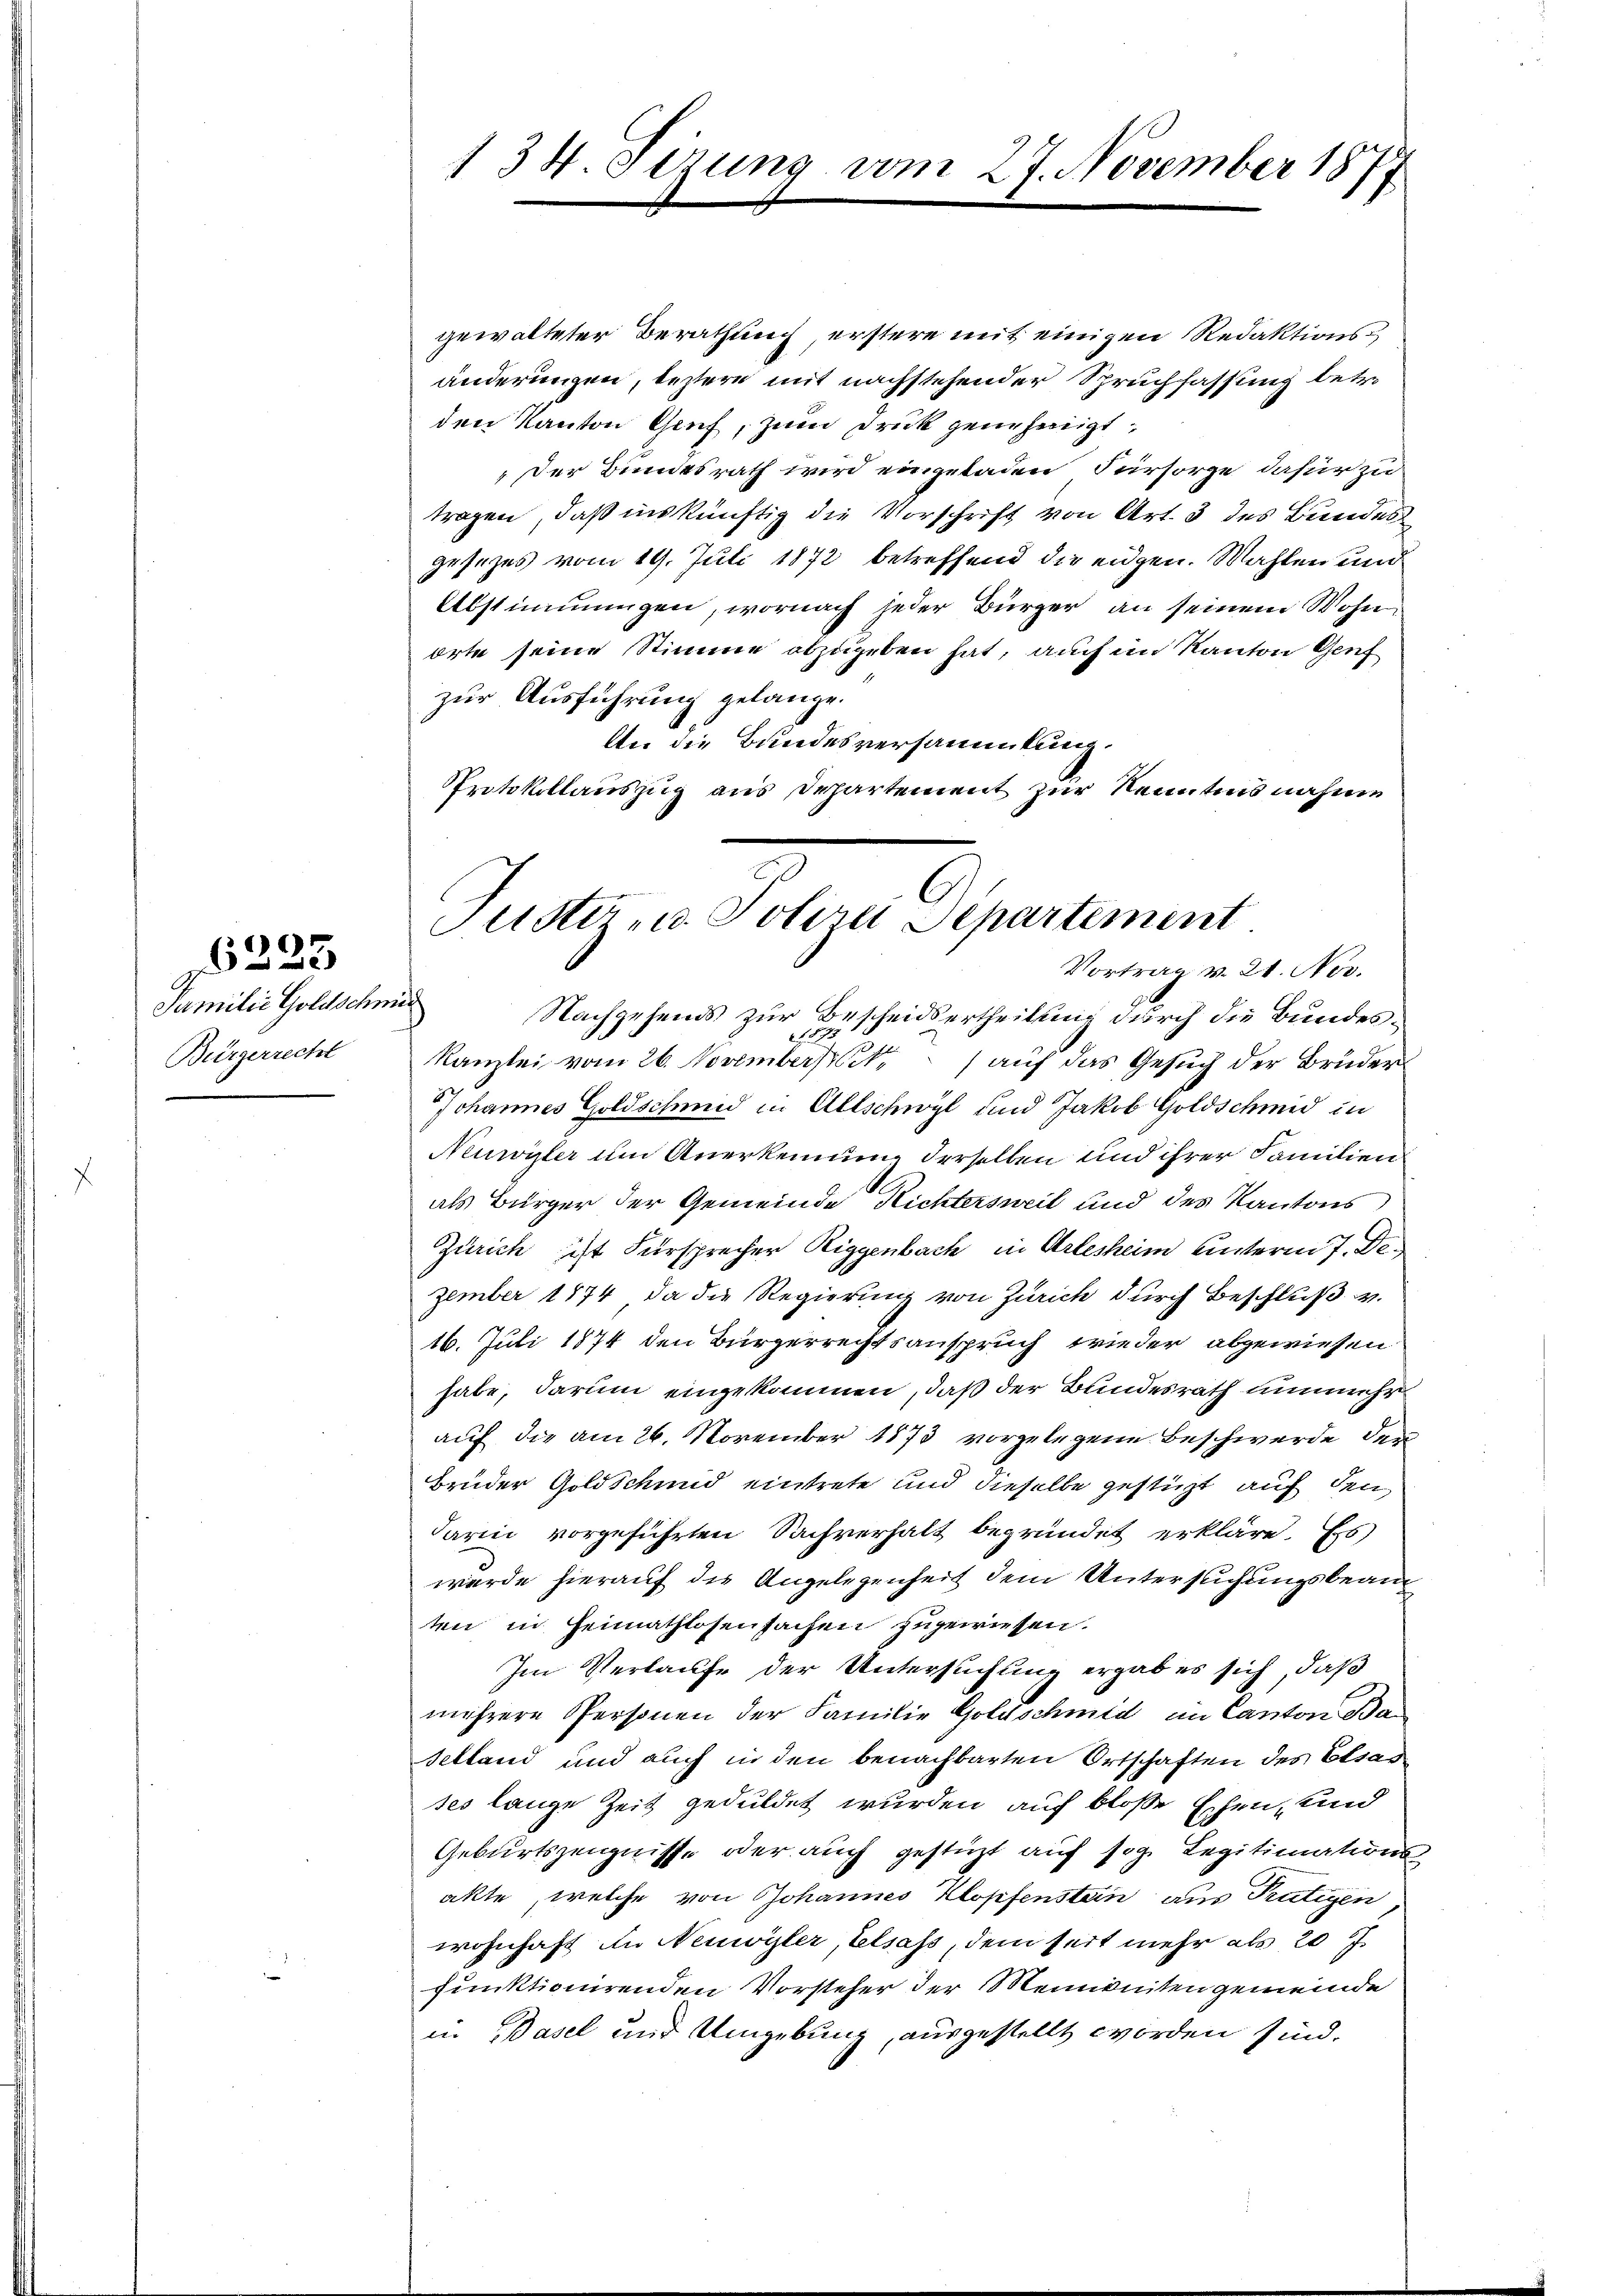
Familie Goldschmi
Bürgerrecht

6223

134. Gerung vom 27. November 1877

gewalteter Berathung erstere mit einigen Redaktionsänderungen, bestern mit nachstehender Spruchfassung betr.
den Kanton Genf, zum Druck genehmigt:
„Der Bundesrath wird eingeladen Fürsorge dafür zu
tragen, daß inskünftig die Vorschrift von Art. 3 des Bundes
gesezes vom 19. Juli 1872 betreffend die eidgen. Wahlen und
Abstimmungen, wornach jeder Bürger an seinem Wohn¬
Orte seine Stimme abzugeben hat, auch im Kanton Genf
zur Ausführung gelange.
An die Bundesversammlung.
Protokollauszug aus Departement zur Kenntnis nahme
Nachgehends zur Bescheidsertheilung durch die Bundes¬
Kanzlei vom 26. November auf das Gesuch der Brüder
Johannes Goldschmid in Altschwyl und Jakob Goldschmid in
Neuwister um Anerkennung derselben und ihrer Familien
als Bürger der Gemeinde Richtersweil und des Kantons
Zürich ist Fürsprecher Riggenbach in Arlesheim unterm 7. Dezember 1874, da die Regierung von Zürich durch Beschluß v.
16. Juli 1874 den Bürgerrechtsanspruch wieder abgewiesen
habe, darum eingekommen, daß der Bundesrath unmehr
auf die am 26. November 1873 vorgelegene Beschwerde den
brüder Goldschund eintrete und dieselbe gestüzt, auf den
darin vorgeführten Sachverhalt begründet erkläre. Es
wurde hierauf die Angelegenheit dem Untersuchungsbeanten in Heimathlosensachen zugewiesen.
Im Verlaufe der Untersuchung ergab es sich, daß
mehrere Personen der Familie Goldschmid im Canton Ba
Selland und auch in den benachbarten Ortschaften des Elsasses lange Zeit geduldet wurden auf bloße Eschen, und
Geburtszeugnisse oder auch gestüzt auf sog. Legitimations-
akte, welche von Johannes Klopfenstein aus Tütigen
wohnhaft in Neuwyler, Elsass, dem seit mehr als 20 J
funktionirenden Vorsteher der Meineniten gemeinde
in Basel und Umgebung, ausgestellt worden sind.

ustiz u. Polire Separtement
Vortrag v. 21. Nov.